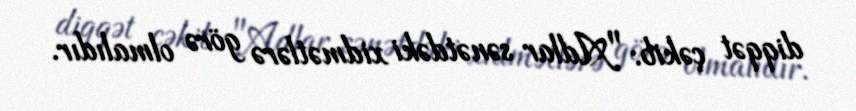
diqqət çəkib: "Adlar sənətdəki xidmətlərə görə olmalıdır.